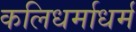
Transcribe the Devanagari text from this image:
कलिधर्माधर्म